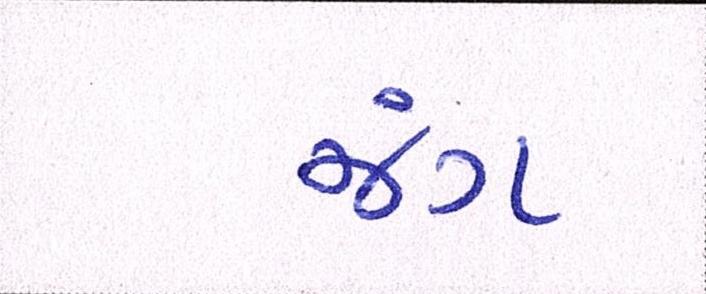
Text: જંગ